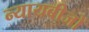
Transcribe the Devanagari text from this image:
न्यायबीजों